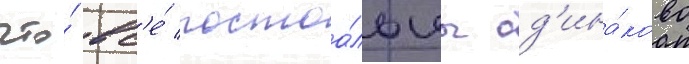
что́ вс'е́ постоа́льцы од'ина́ково